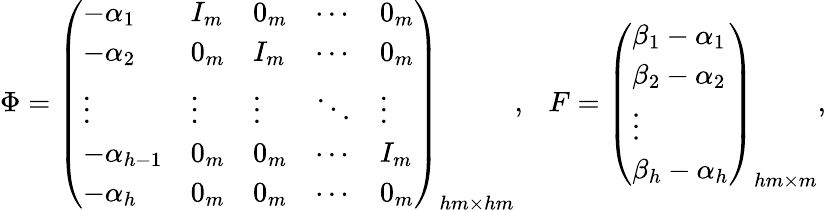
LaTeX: \Phi=\left(\begin{array}{lllll}{-\alpha_{1}}&{I_{m}}&{0_{m}}&{\cdots}&{0_{m}}\\ {-\alpha_{2}}&{0_{m}}&{I_{m}}&{\cdots}&{0_{m}}\\ {\vdots}&{\vdots}&{\vdots}&{\ddots}&{\vdots}\\ {-\alpha_{h-1}}&{0_{m}}&{0_{m}}&{\cdots}&{I_{m}}\\ {-\alpha_{h}}&{0_{m}}&{0_{m}}&{\cdots}&{0_{m}}\end{array}\right)_{hm\times hm},~~~F=\left(\begin{array}{l}{\beta_{1}-\alpha_{1}}\\ {\beta_{2}-\alpha_{2}}\\ {\vdots}\\ {\beta_{h}-\alpha_{h}}\end{array}\right)_{hm\times m},